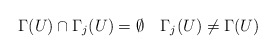
\begin{align*}\Gamma(U) \cap \Gamma_j(U) = \emptyset \ \ \ \Gamma_j(U) \neq \Gamma(U)\end{align*}